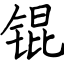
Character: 锟